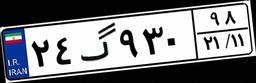
۲۴گ۹۳۰۹۸